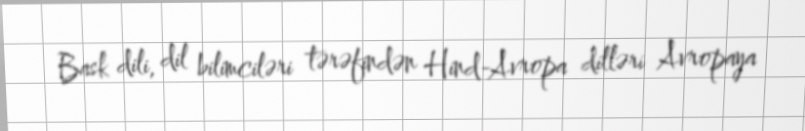
Bask dili, dil bilimciləri tərəfindən Hind-Avropa dilləri Avropaya